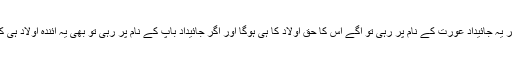
سوچئے اگر یہ جائیداد عورت کے نام پر رہی تو آگے اس کا حق اولاد کا ہی ہوگا اور اگر جائیداد باپ کے نام پر رہی تو بھی یہ آئندہ اولاد ہی کا حق ہوگا۔